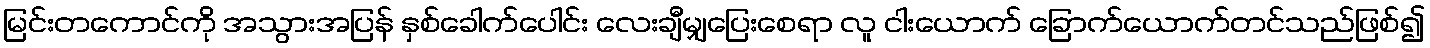
မြင်းတကောင်ကို အသွားအပြန် နှစ်ခေါက်ပေါင်း လေးချီမျှပြေးစေရာ လူ ငါးယောက် ခြောက်ယောက်တင်သည်ဖြစ်၍